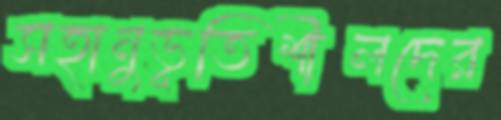
সহানুভূতিশীলদের